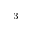
^ 3